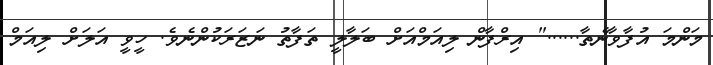
މަންމަ އުފާވާނެތާ......" އިރްފާން ލިއަމްއަށް ބަލާލީ ތަފާތު ނަޒަރަކުންނެވެ. ހީވީ އަލަށް ލިއަމް